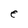
Character: e